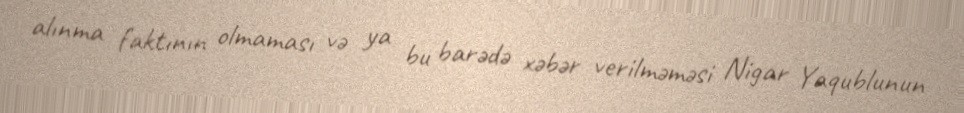
alınma faktının olmaması və ya bu barədə xəbər verilməməsi Nigar Yaqublunun